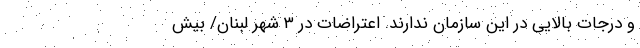
و درجات بالایی در این سازمان ندارند. اعتراضات در ۳ شهر لبنان/ بیش